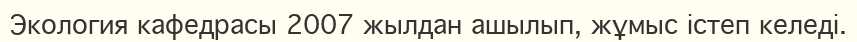
Экология кафедрасы 2007 жылдан ашылып, жұмыс істеп келеді.